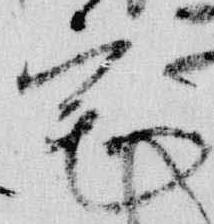
宅